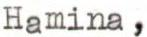
Hamina,